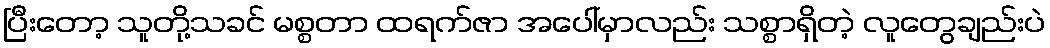
ပြီးတော့ သူတို့သခင် မစ္စတာ ထရက်ဇာ အပေါ်မှာလည်း သစ္စာရှိတဲ့ လူတွေချည်းပဲ